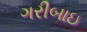
ગરીબાઇ